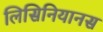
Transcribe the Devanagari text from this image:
लिसिनियानस